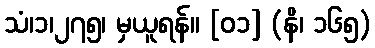
သံ၊၁၊၂၇၅၊ မှယူရန်။ [၀၁] (နိ၊ ၁၆၅)